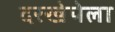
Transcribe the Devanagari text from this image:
दरखेपेला